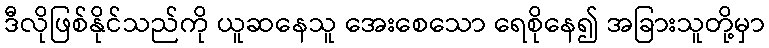
ဒီလိုဖြစ်နိုင်သည်ကို ယူဆနေသူ အေးစေသော ရေစိုနေ၍ အခြားသူတို့မှာ